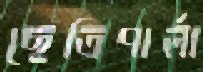
ছেত্রিপার্লা